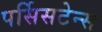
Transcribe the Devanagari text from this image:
पर्सिसटेन्स